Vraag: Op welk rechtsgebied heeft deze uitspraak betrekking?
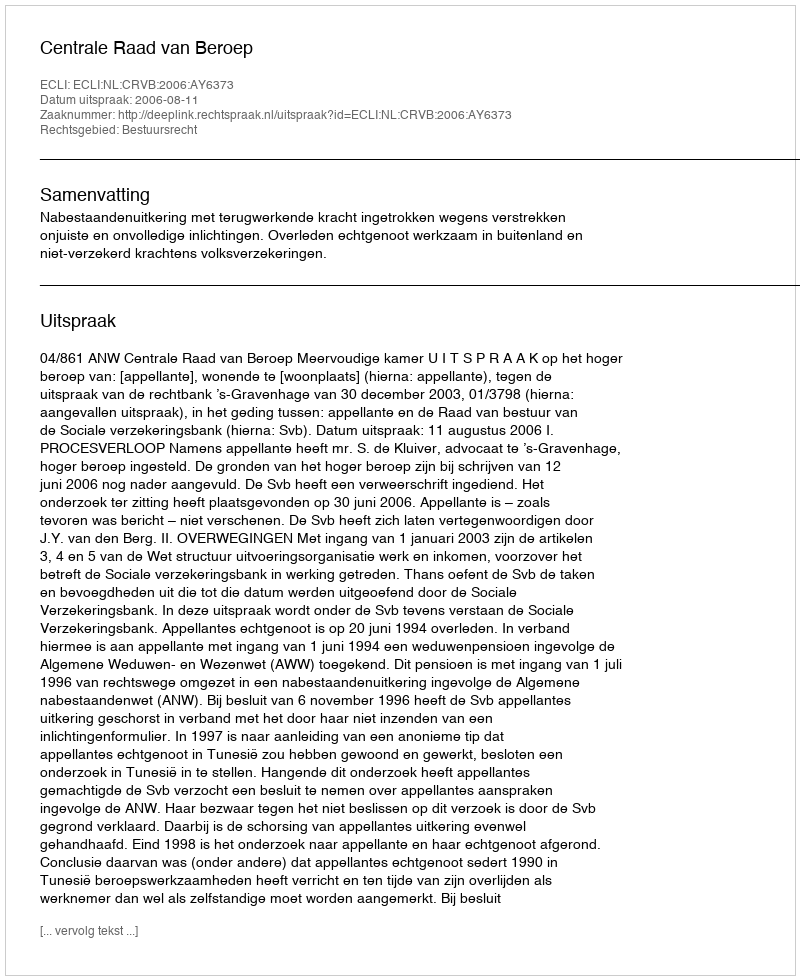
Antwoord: Bestuursrecht